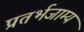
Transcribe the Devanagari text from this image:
प्रतर्भजाम्य